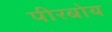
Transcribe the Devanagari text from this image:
पीरबोय